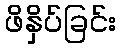
ဖိနှိပ်ခြင်း